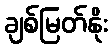
ချစ်မြတ်နိုး